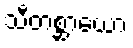
သီတစ္ဆာယော